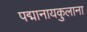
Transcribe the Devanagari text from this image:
पद्मानायकुलाना